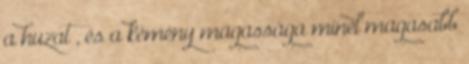
a huzat , és a kémény magassága minél magasabb